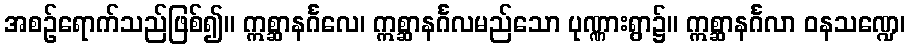
အစဉ်ရောက်သည်ဖြစ်၍။ ဣစ္ဆာနင်္ဂလေ၊ ဣစ္ဆာနင်္ဂလမည်သော ပုဏ္ဏားရွာ၌။ ဣစ္ဆာနင်္ဂလာ ဝနသဏ္ဍေ၊